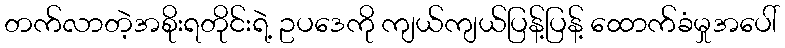
တက်လာတဲ့အစိုးရတိုင်းရဲ့ ဥပဒေကို ကျယ်ကျယ်ပြန့်ပြန့် ထောက်ခံမှုအပေါ်